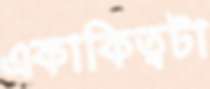
একাকিত্বটা